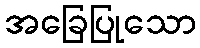
အခြေပြုသော